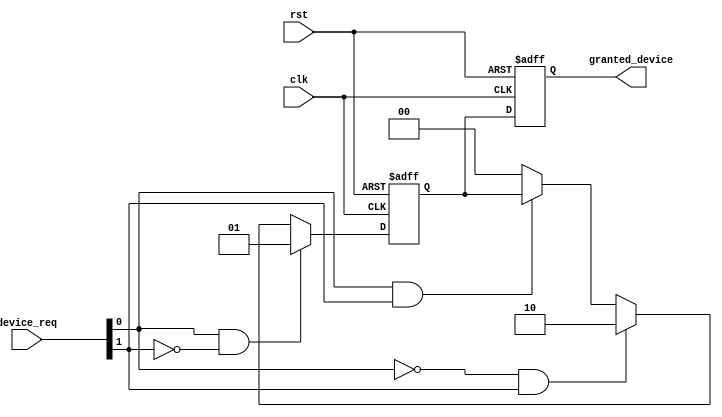
module serial_arbiter (
    input wire clk,
    input wire rst,
    input wire [3:0] device_req,
    output reg [1:0] granted_device
);

reg [1:0] priority;
reg [1:0] next_priority;

always @ (posedge clk or posedge rst) begin
    if (rst) begin
        priority <= 2'b00;
        granted_device <= 2'b00;
    end else begin
        priority <= next_priority;
        granted_device <= priority;
    end
end

always @ (*) begin
    next_priority = 2'b00;
    
    if (device_req[0] && !device_req[1]) begin
        next_priority = 2'b01;
    end else if (!device_req[0] && device_req[1]) begin
        next_priority = 2'b10;
    end else if (device_req[0] && device_req[1]) begin
        next_priority = priority;
    end
end

endmodule